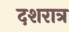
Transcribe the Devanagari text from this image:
दशरात्र